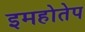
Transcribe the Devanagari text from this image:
इमहोतेप